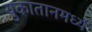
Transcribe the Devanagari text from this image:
युकातानमध्ये